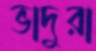
ভাদুরা